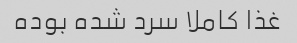
غذا کاملا سرد شده بوده